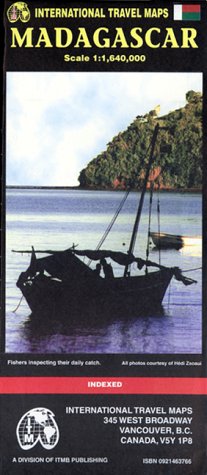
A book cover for Madagascar Map (Topographic/Recreation Map); Jack Joyce; Travel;